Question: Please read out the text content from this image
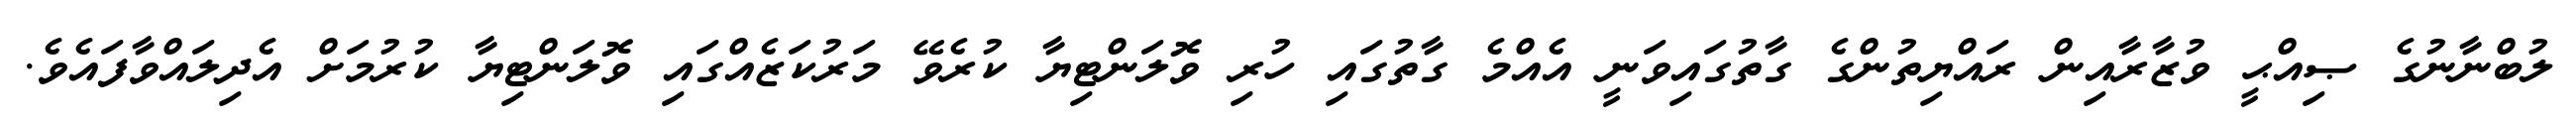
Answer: ލުބްނާނުގެ ޞިއްޙީ ވުޒާރާއިން ރައްޔިތުންގެ ގާތުގައިވަނީ އެއްމެ ގާތުގައި ހުރި ވޮލަންޓިޔާ ކުރެވޭ މަރުކަޒެއްގައި ވޮލަންޓިޔާ ކުރުމަށް އެދިލައްވާފައެވެ.